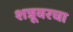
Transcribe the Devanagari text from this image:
शत्रूवरचा